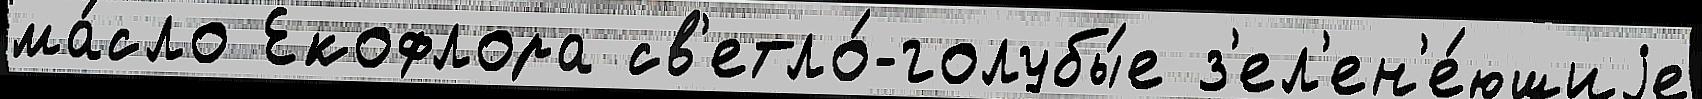
ма́сло Екофлора св'етло́-голубы́е з'ел'ен'е́ющиjе